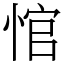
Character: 悺